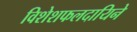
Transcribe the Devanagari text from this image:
विशेशफलदायिने